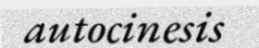
autocinesis